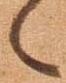
候